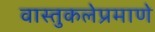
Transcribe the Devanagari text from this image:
वास्तुकलेप्रमाणे